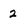
Character: 2